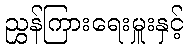
ညွှန်ကြားရေးမှူးနှင့်